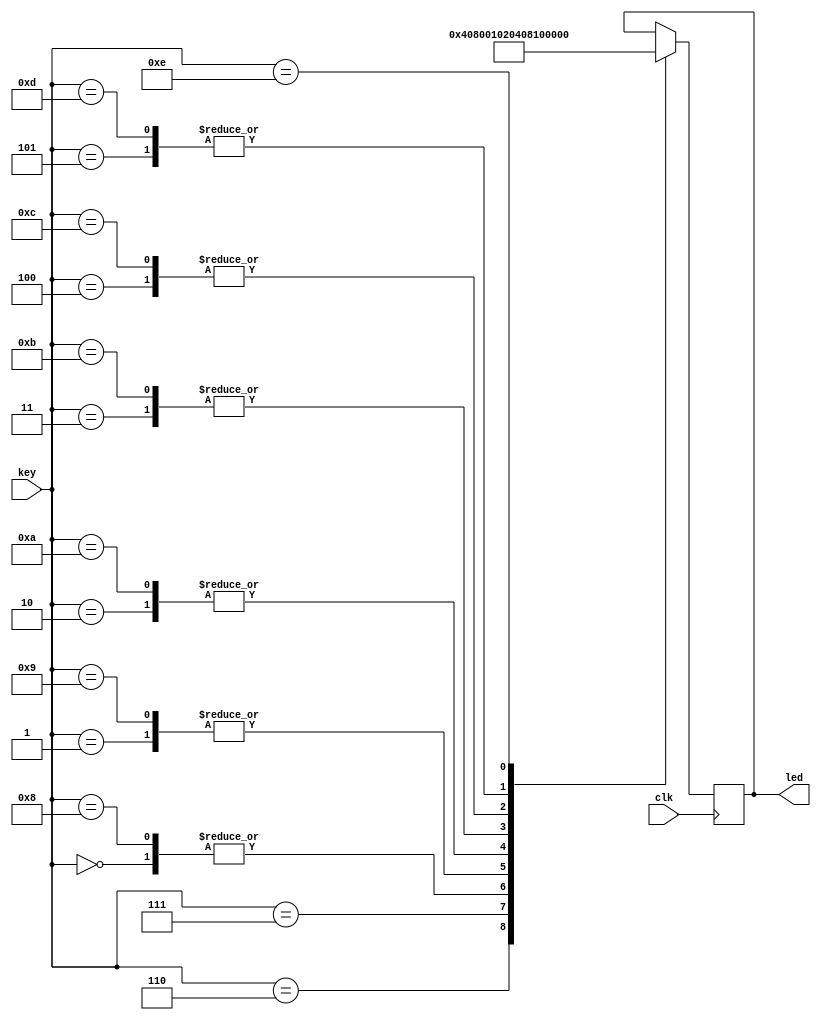
module led8 (clk, key, led);

input [3:0]key;

input clk;
output [7:0]led;
reg [7:0]q;
assign led = q;

always@(posedge clk) begin
case (key)
4'd00 : q = 8'b00000001;
4'd01 : q = 8'b00000010;
4'd02 : q = 8'b00000100;
4'd03 : q = 8'b00001000;
4'd04 : q = 8'b00010000;
4'd05 : q = 8'b00100000;
4'd06 : q = 8'b01000000;
4'd07 : q = 8'b10000000;
4'd08 : q = 8'b00000001;
4'd09 : q = 8'b00000010;
4'd10 : q = 8'b00000100;
4'd11 : q = 8'b00001000;
4'd12 : q = 8'b00010000;
4'd13 : q = 8'b00100000;
4'd14 : q = 8'b00000000;
endcase
end
endmodule